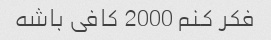
فکر کنم 2000 کافی باشه